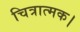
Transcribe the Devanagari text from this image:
चित्रात्मक।